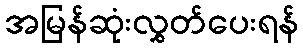
အမြန်ဆုံးလွှတ်ပေးရန်